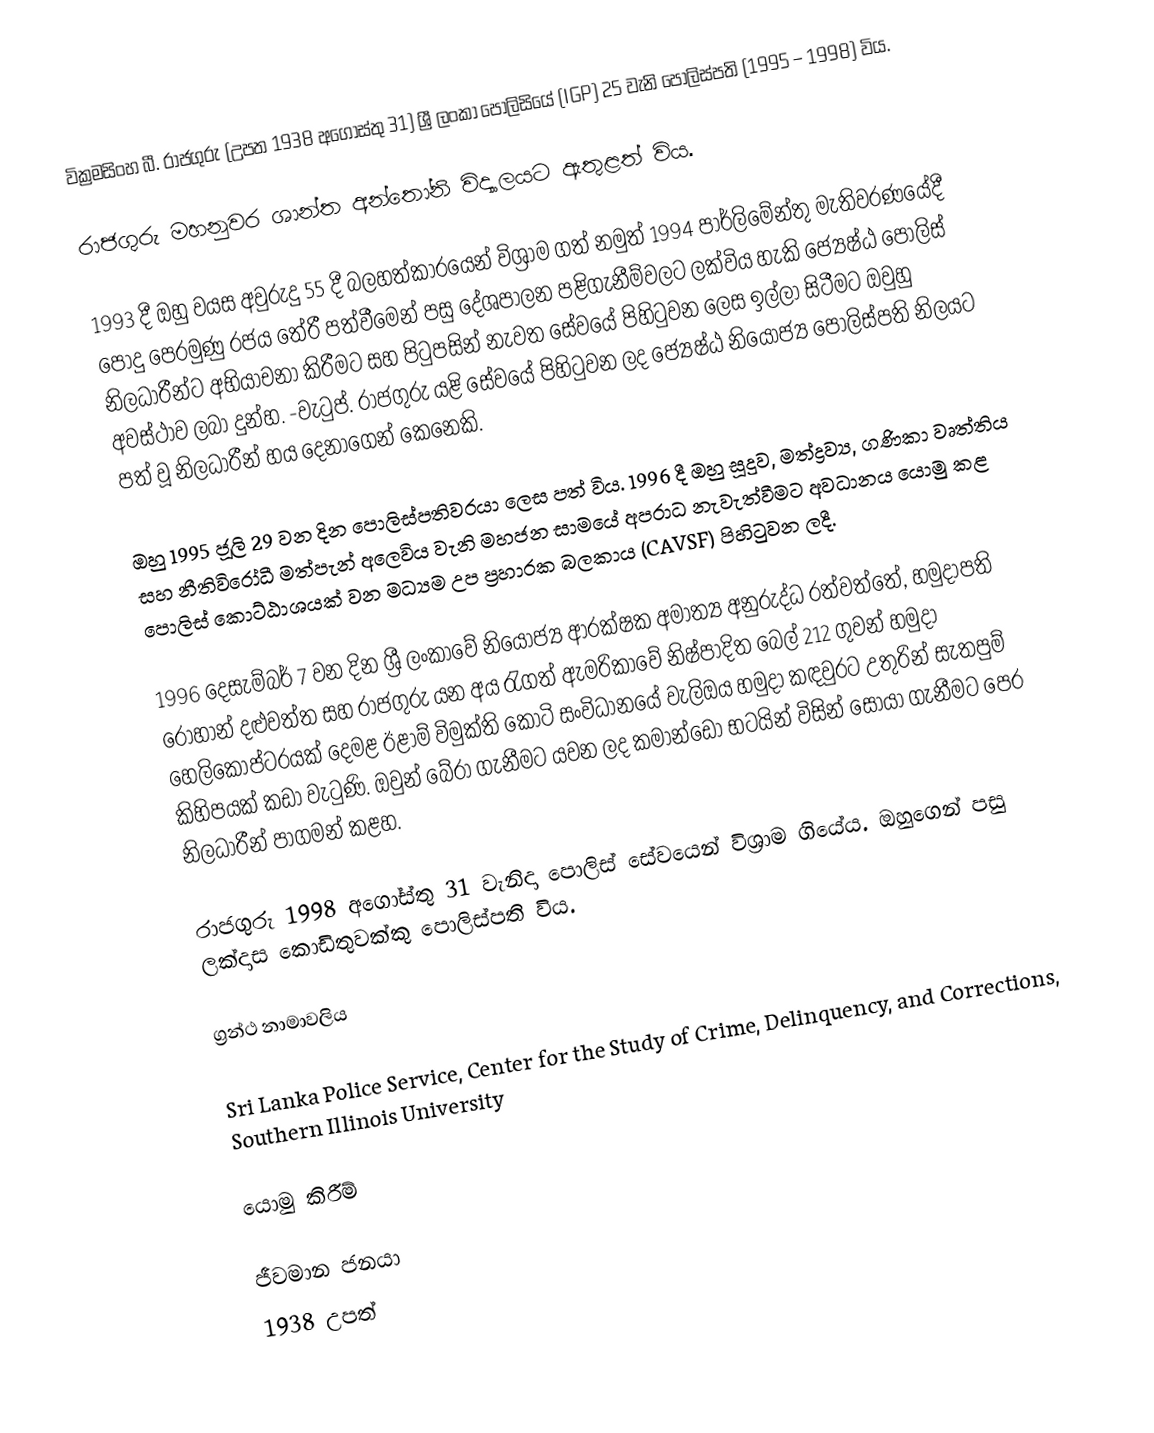
වික්‍රමසිංහ බී. රාජගුරු (උපත 1938 අගෝස්තු 31) ශ්‍රී ලංකා පොලිසියේ (IGP) 25 වැනි පොලිස්පති (1995 – 1998) විය.

රාජගුරු මහනුවර ශාන්ත අන්තෝනි විද්‍යාලයට ඇතුළත් විය.

1993 දී ඔහු වයස අවුරුදු 55 දී බලහත්කාරයෙන් විශ්‍රාම ගත් නමුත් 1994 පාර්ලිමේන්තු මැතිවරණයේදී පොදු පෙරමුණු රජය තේරී පත්වීමෙන් පසු දේශපාලන පළිගැනීම්වලට ලක්විය හැකි ජ්‍යෙෂ්ඨ පොලිස් නිලධාරීන්ට අභියාචනා කිරීමට සහ පිටුපසින් නැවත සේවයේ පිහිටුවන ලෙස ඉල්ලා සිටීමට ඔවුහු අවස්ථාව ලබා දුන්හ. -වැටුප්. රාජගුරු යළි සේවයේ පිහිටුවන ලද ජ්‍යෙෂ්ඨ නියෝජ්‍ය පොලිස්පති නිලයට පත් වූ නිලධාරීන් හය දෙනාගෙන් කෙනෙකි.

ඔහු 1995 ජූලි 29 වන දින පොලිස්පතිවරයා ලෙස පත් විය. 1996 දී ඔහු සූදුව, මත්ද්‍රව්‍ය, ගණිකා වෘත්තිය සහ නීතිවිරෝධී මත්පැන් අලෙවිය වැනි මහජන සාමයේ අපරාධ නැවැත්වීමට අවධානය යොමු කළ පොලිස් කොට්ඨාශයක් වන මධ්‍යම උප ප්‍රහාරක බලකාය (CAVSF) පිහිටුවන ලදී.

1996 දෙසැම්බර් 7 වන දින ශ්‍රී ලංකාවේ නියෝජ්‍ය ආරක්ෂක අමාත්‍ය අනුරුද්ධ රත්වත්තේ, හමුදාපති රොහාන් දළුවත්ත සහ රාජගුරු යන අය රැගත් ඇමරිකාවේ නිෂ්පාදිත බෙල් 212 ගුවන් හමුදා හෙලිකොප්ටරයක් දෙමළ ඊළාම් විමුක්ති කොටි සංවිධානයේ වැලිඔය හමුදා කඳවුරට උතුරින් සැතපුම් කිහිපයක් කඩා වැටුණි. ඔවුන් බේරා ගැනීමට යවන ලද කමාන්ඩෝ භටයින් විසින් සොයා ගැනීමට පෙර නිලධාරීන්  පාගමන් කළහ.

රාජගුරු 1998 අගෝස්තු 31 වැනිදා පොලිස් සේවයෙන් විශ්‍රාම ගියේය. ඔහුගෙන් පසු ලක්දාස කොඩිතුවක්කු පොලිස්පති විය.

ග්‍රන්ථ නාමාවලිය

 Sri Lanka Police Service, Center for the Study of Crime, Delinquency, and Corrections, Southern Illinois University

යොමු කිරීම්

ජීවමාන ජනයා
1938 උපත්